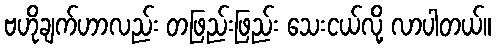
ဗဟိုချက်ဟာလည်း တဖြည်းဖြည်း သေးငယ်လို့ လာပါတယ်။